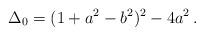
LaTeX: \begin{align*} \Delta_0 = (1 + a^2 - b^2)^2 - 4 a^2 \, .\end{align*}